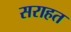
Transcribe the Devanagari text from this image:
सराहत